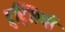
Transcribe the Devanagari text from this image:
टुट्सियों